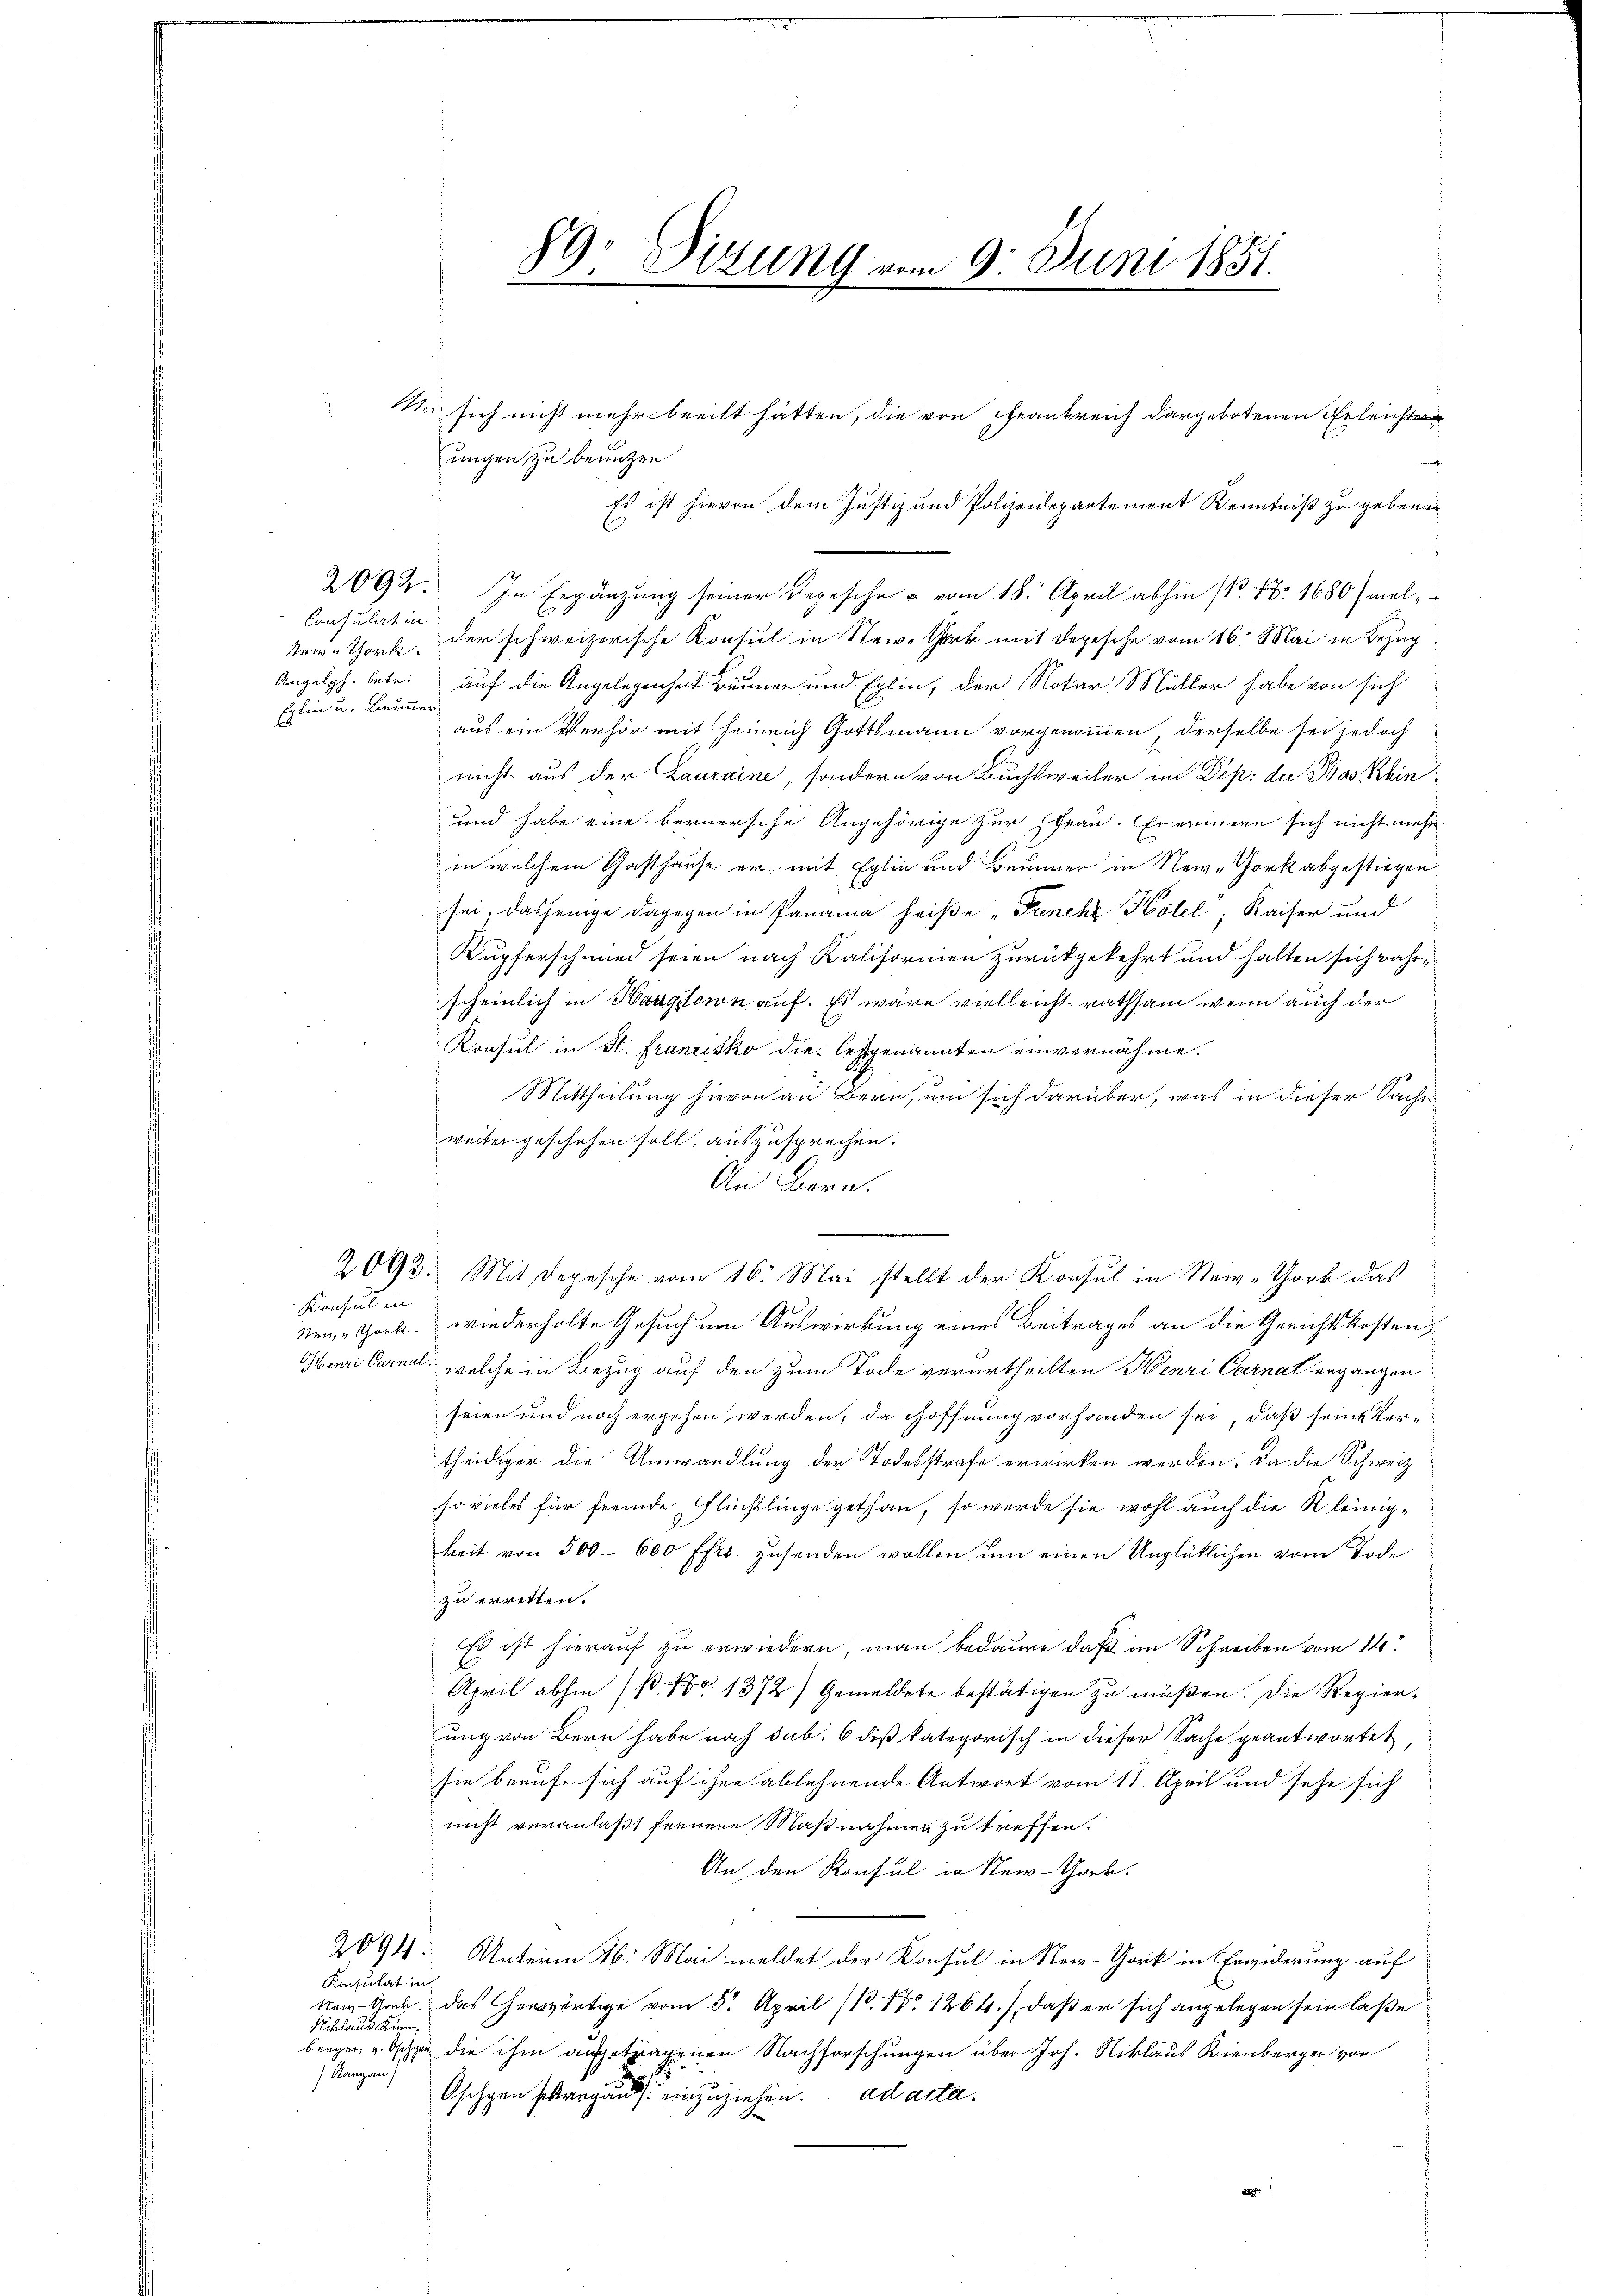
Consulat in
Erlin u. Brunner

89: Sitzung vom 9. Juni 1851.

Nn sich nicht mehr beeilt hätten, die von Frankreich dargebotenen Geleichten
ungen zu benutzen
macht
Es ist hievon dem Justiz und Polizeidepartement Kenntniß zu gebenen
2092. In Ergänzung seiner Regische u vom 18. April abhin 1. No. 1680/ viel-
kein thort der schweizerische Konsul in New-York mit Depesche vom 16. Mai in Bezug
Angelgh. betr. auf die Angelegenheit Bemer und Eglin, der Notar Müller habe von sich
aus ein Verhör mit Heinrich Gottsmann vorgenommen, derselbe sei jedoch
nicht aus der Lauraine, sondern von Buchsweiler im Dep: die Bas Khin
und habe eine bernersche Angehörige zur Frau. Er erinnern sich nicht mehr
in welchem Gasthause er mit Eglin und Brunner in New-York abgestiegen
sei, dasjenige dagegen in Panama heiße "Frenche Hotel, Kaiser und
Kupferschmied seien nach Kaliformen zurückgekehrt und halten sich wahrscheinlich in Haagstern auf. Es wäre vielleicht rathsam wenn auch der
Konsul in St. Franzisko die letztgenannten einvernähme.
Mittheilung hievon an Bern, um sich darüber, was in dieser Sache
weiter geschehen soll, auszusprechen.
An Bern.
2093. Mit Depesche vom 16. Mai stellt der Konsul in New-York das
Konsul in
Seine Gark. wiederholte Gesuch um Auswirkung eines Beitrages an die Gerichtskosten
Muri Carnal, welche in Bezug auf den zum Tode verurtheilten Henri Carnat ergängen
seien und noch ergehen werden, da Hoffnung vorhanden sei, daß seine Vertheidiger die Umwandlung der Todesstrafe erwirken werden, da die Schweiz
so vieles für fremde Flüchtlinge gethan, so werde sie wohl auch die Kleinigkeit von 300 - 600 ffrs. zusenden wollen, um einen Unglücklichen vom Tode
zu erretten.
Es ist hierauf zu erwiedern, man bedaure daß im Schreiben vom 14.
April abhin (so 1372) Gemeldete bestätigen zu müßen. Die Regierung von Bern habe noch sub. 6 diß kategorisch in dieser Sache geantwortet,
sie berufe sich auf ihre ablehnende Antwort vom 11. April und sehe sich
nicht veranlaßt fernere Maßnahmen zu treffen.
An den Konsul in New-Grek.
2094: Unterm 16. Mai meldet der Konsul in Rei-Gork in Erwiderung auf
Konsulat in
Na-Ger. Das erwärtige vom 5. April (13. No 1264), daß er sich angelegen sein laße
Niclaus Kinn,
bergen u. Oschen die ihm aufgetragenen Nachforschungen über Joh. Niklaus Kienberger von
Kargau)
Oschgen schweg an einzuziehen. ad acta.